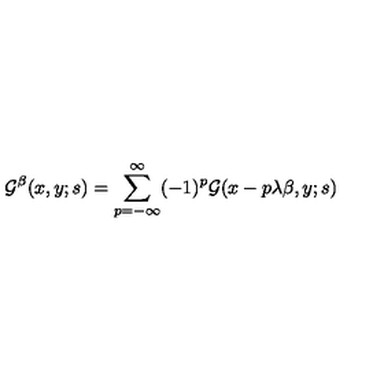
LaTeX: { \cal G } ^ { \beta } ( x , y ; s ) = \sum _ { p = - \infty } ^ { \infty } ( - 1 ) ^ { p } { \cal G } ( x - p \lambda \beta , y ; s )